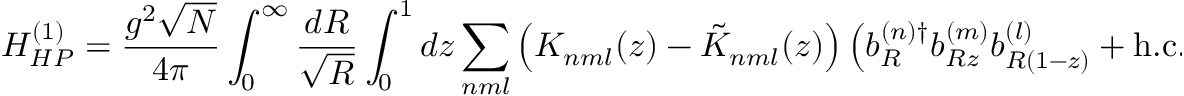
H _ { H P } ^ { ( 1 ) } = \frac { g ^ { 2 } \sqrt { N } } { 4 \pi } \int _ { 0 } ^ { \infty } \frac { d R } { \sqrt { R } } \int _ { 0 } ^ { 1 } d z \sum _ { n m l } \left( K _ { n m l } ( z ) - \tilde { K } _ { n m l } ( z ) \right) \left( b _ { R } ^ { ( n ) \dagger } b _ { R z } ^ { ( m ) } b _ { R ( 1 - z ) } ^ { ( l ) } + \mathrm { h . c . } \right) ,